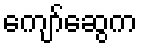
ကျော်ဆွေက